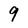
Character: 9